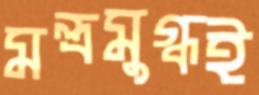
মন্ত্রমুগ্ধই